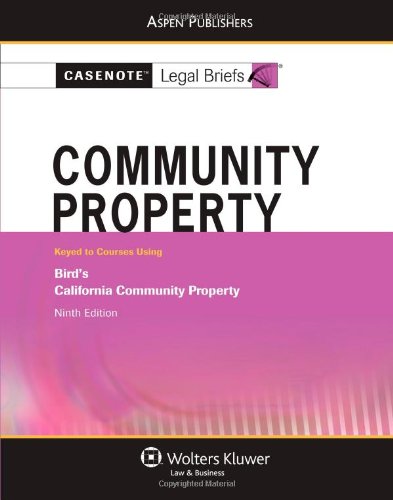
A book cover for Casenote Legal Briefs: Community Property, Keyed to Bird, Ninth Edition; Casenote Legal Briefs Casenote Legal Briefs; Law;